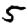
Digit: 5